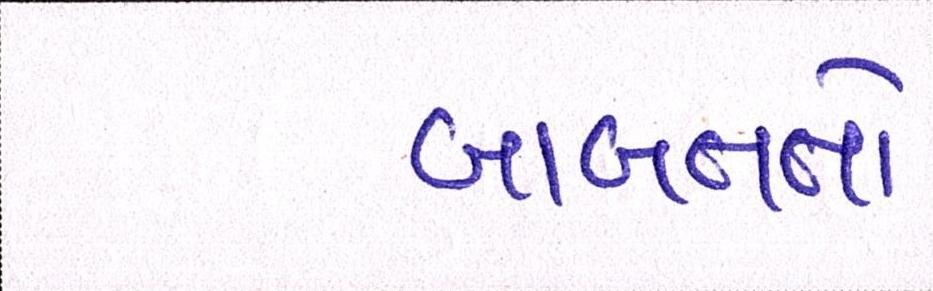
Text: બાબતતો